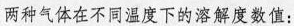
两种气体在不同温度下的溶解度数值：